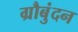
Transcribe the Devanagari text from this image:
ग्रौबुंदन